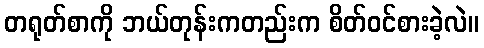
တရုတ်စာကို ဘယ်တုန်းကတည်းက စိတ်ဝင်စားခဲ့လဲ။